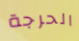
الحرجة